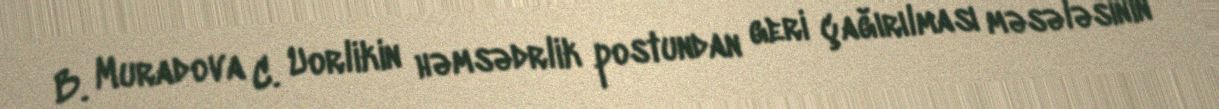
B. Muradova C. Uorlikin həmsədrlik postundan geri çağırılması məsələsinin